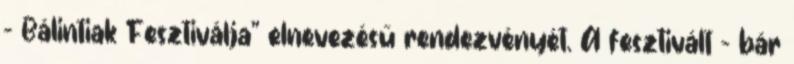
– Bálintiak Fesztiválja” elnevezésű rendezvényét. A fesztivált – bár